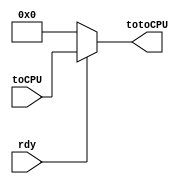
module fromMEM(
	input rdy,
	input[31:0] toCPU,
	output reg[31:0] totoCPU
);

always@(*) begin
	if(rdy) totoCPU <= toCPU;
	else totoCPU <= 0;
end

endmodule
module bufferIN(
	input clk,
	input rst,
	input rdyCmp,
	input[15:0] in,
	
	output reg[7:0] in1,
	output reg[7:0] in2
);

always@(posedge clk or posedge rst)begin
	if(rst) begin
		in1 <= 0;
		in2 <= 0;
	end
	else begin
		if(rdyCmp)begin
			in1 <= in[7:0];
			in2 <= in[15:8];
		end else
		begin
			in1 <= 0;
			in2 <= 0;
		end
	end
end

endmodule

module outMEM(
	input[11:0] addrMEM,
	
	output reg[2:0] addrCmp

);

always@(*)begin
	if(addrMEM[11:8] == 0) addrCmp <= 3'd2;
	else addrCmp <= 3'd3;
end

endmodule